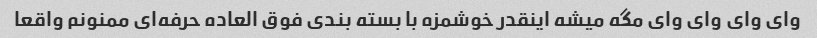
وای وای وای وای مگه میشه اینقدر خوشمزه با بسته بندی فوق العاده حرفه‌ای ممنونم واقعا